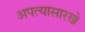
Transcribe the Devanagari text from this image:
अपत्यासारखे